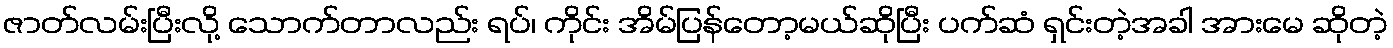
ဇာတ်လမ်းပြီးလို့ သောက်တာလည်း ရပ်၊ ကိုင်း အိမ်ပြန်တော့မယ်ဆိုပြီး ပက်ဆံ ရှင်းတဲ့အခါ အားမေ ဆိုတဲ့